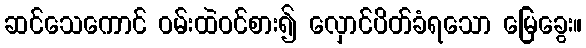
ဆင်သေကောင် ဝမ်းထဲဝင်စား၍ လှောင်ပိတ်ခံရသော မြေခွေး။